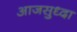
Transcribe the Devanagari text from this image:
आजसुध्दा